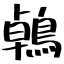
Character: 鵫